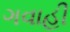
ગવાહી